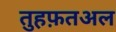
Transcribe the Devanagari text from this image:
तुहफ़तअल